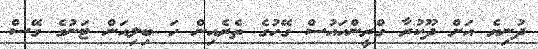
ދުނިޔެ އަށް ދޫކުރާ ގްރީންހައުސް ގޭހުގެ ތެރެއިން ހަ ބިލިއަން ޓަނުގެ ގޭސް